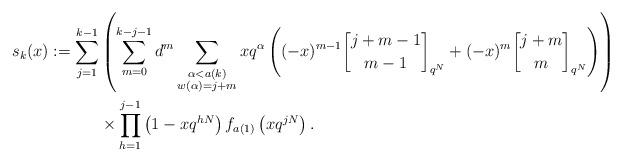
LaTeX: \begin{align*}s_k(x) : = \sum_{j=1}^{k-1} &\left( \sum_{m=0}^{k-j-1} d^m \sum_{\substack{\alpha < a(k) \\ w(\alpha)=j+m}} xq^{\alpha} \left( (-x)^{m-1} {j+m-1 \brack m-1}_{q^N} + (-x)^m {j+m \brack m}_{q^N} \right) \right)\\ &\times \prod_{h=1}^{j-1} \left(1-xq^{hN}\right) f_{a(1)}\left(xq^{jN}\right).\end{align*}